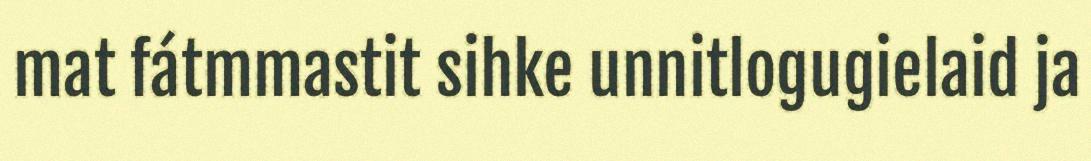
mat fátmmastit sihke unnitlogugielaid ja